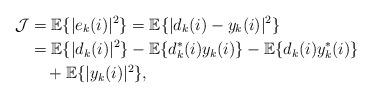
LaTeX: \begin{align*}\mathcal{J}&= \mathbb{E}\{|e_k(i)|^2\}= \mathbb{E}\{|d_k(i)-y_k(i)|^2\} \\&=\mathbb{E}\{|d_k(i)|^2\}-\mathbb{E}\{d_k^*(i)y_k(i)\}-\mathbb{E}\{d_k(i)y_k^*(i)\}\\&\ \ \ +\mathbb{E}\{|y_k(i)|^2\},\end{align*}